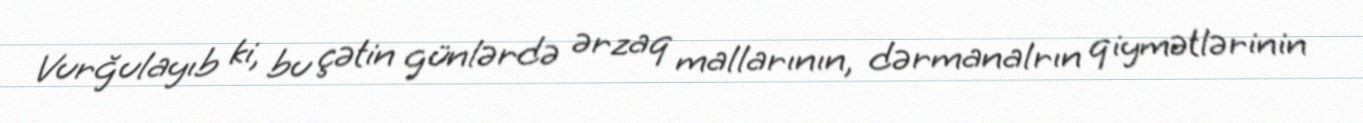
Vurğulayıb ki, bu çətin günlərdə ərzaq mallarının, dərmanalrın qiymətlərinin